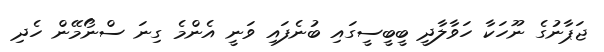
ޖަޕާނުގެ ނޫހަކާ ހަވާލާދީ ބީބީސީގައި ބުނެފައި ވަނީ އެންމެ ގިނަ ސްނޯމޭން ހެދި